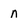
Character: n